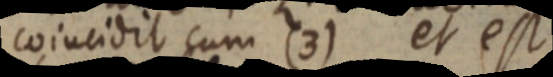
coincidit cum (3) et est